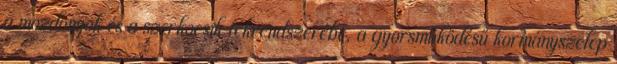
a mozdonyok és a szerkocsik fékrendszerébe, a gyorsműködésű kormányszelep